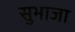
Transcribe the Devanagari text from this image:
सुभाजा